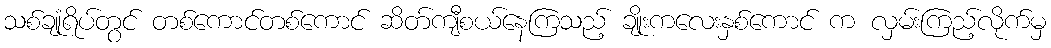
သစ်ချုံရိပ်တွင် တစ်ကောင်တစ်ကောင် ဆိတ်ကျီစယ်နေကြသည့် ချိုးကလေးနှစ်ကောင် က လှမ်းကြည့်လိုက်မှ